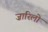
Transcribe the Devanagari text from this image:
ज़ारिलो